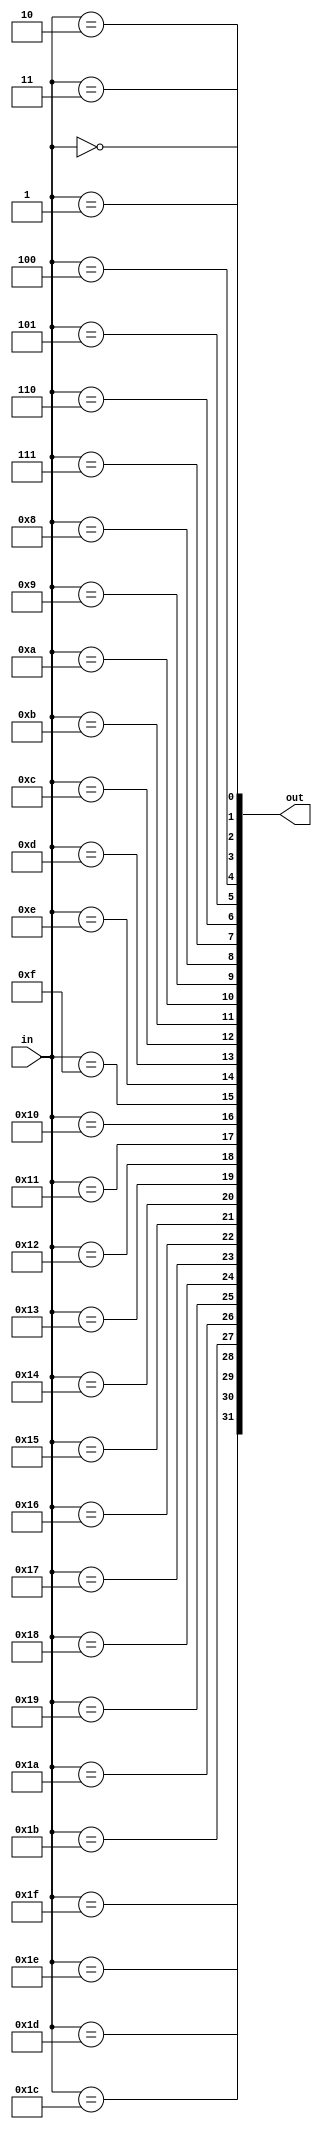
`timescale 1ns / 1ps
//////////////////////////////////////////////////////////////////////////////////
// Company: 
// Engineer: 
// 
// Design Name: 
// Module Name: decoder_5_32
// Project Name: 
// Target Devices: 
// Tool Versions: 
// Description: 
// 
// Dependencies: 
// 
// Revision:
// Revision 0.01 - File Created
// Additional Comments:
// 
//////////////////////////////////////////////////////////////////////////////////


module decoder_5_32(
    input[4:0] in,
    output[31:0]out
    );
    genvar i;
    generate
        for(i=0;i<32;i=i+1)
        begin:test
            assign out[i]=(in==i);
        end
    endgenerate
endmodule